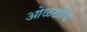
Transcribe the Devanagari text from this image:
ओळखींचे